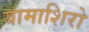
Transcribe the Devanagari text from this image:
यामाशिरो